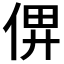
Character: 𠉶